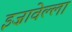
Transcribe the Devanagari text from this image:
इज़ावेल्ला